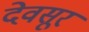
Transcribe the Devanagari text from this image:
देवसूर